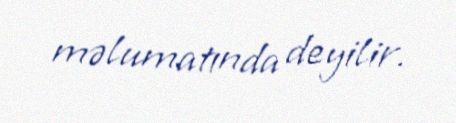
məlumatında deyilir.